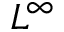
L ^ { \infty }